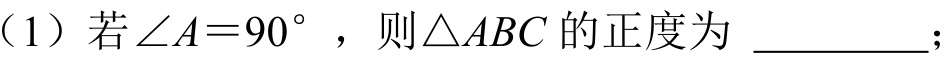
（1）若$\angle A = 90^{\circ}$，则$\triangle ABC$的正度为 \_\_\_\_\_\_;